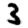
Digit: 3